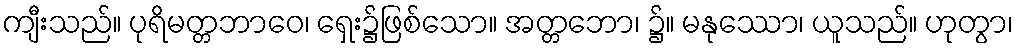
ကျီးသည်။ ပုရိမတ္တဘာဝေ၊ ရှေး၌ဖြစ်သော။ အတ္တဘော၊ ၌။ မနုဿော၊ ယူသည်။ ဟုတွာ၊